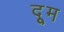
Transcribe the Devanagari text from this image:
दूूम